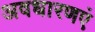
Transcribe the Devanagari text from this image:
अवधारणएं